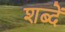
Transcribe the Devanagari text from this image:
शब्दें